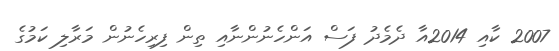
2007 ކާއި 2014އާ ދެމެދު ފަސް އަންހެނުންނާއި ތިން ފިރިހެނުން މަރާލި ކަމުގެ